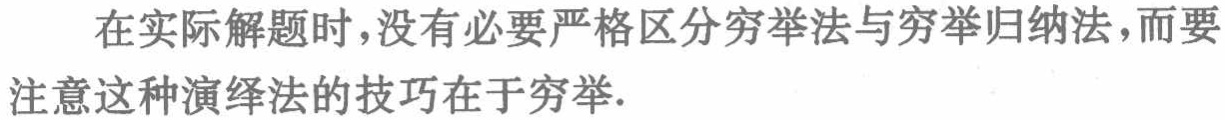
在实际解题时，没有必要严格区分穷举法与穷举归纳法，而要注意这种演绎法的技巧在于穷举.